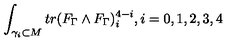
\int _ { \gamma _ { i } \subset M } t r ( F _ { \Gamma } \wedge F _ { \Gamma } ) _ { i } ^ { 4 - i } , i = 0 , 1 , 2 , 3 , 4